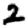
Digit: 2